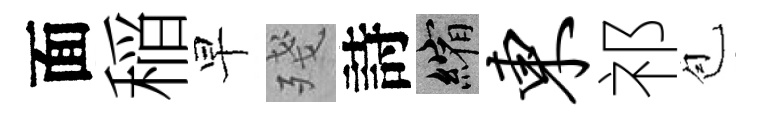
面稲早殘詩縮东祁苞